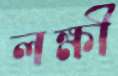
লক্ষী